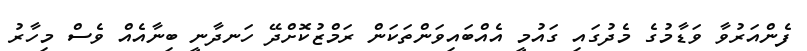
ފެންއަރުވާ ވަޑާމުގެ މެދުގައި ގައުމީ އެއްބައިވަންތަކަން ރަމްޒުކޮށްދޭ ހަނދާނީ ބިނާއެއް ވެސް މިހާރު